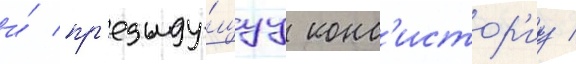
и́ пр'едыду́щуу конс'истор'иу /